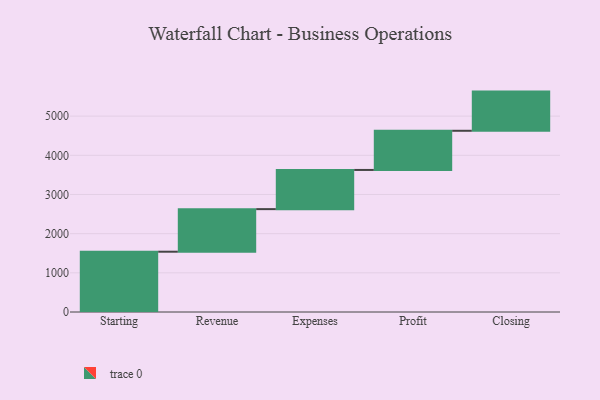
{"axis": {"x": "Step", "y": "Value"}, "legend": [""], "data": [{"x": "Starting", "y": 1539.0, "type": ""}, {"x": "Revenue", "y": 1087.0, "type": ""}, {"x": "Expenses", "y": 1000, "type": ""}, {"x": "Profit", "y": 1000, "type": ""}, {"x": "Closing", "y": 1000, "type": ""}]}